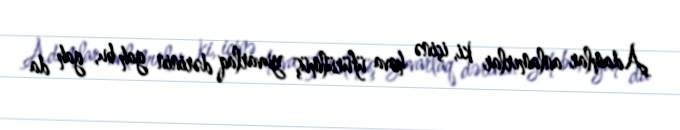
Adamlar anlamırlar ki, içinə hava üfürülmüş yuvarlaq dərinin gah bu, gah da